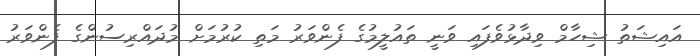
އައިޝަތު ޝިހާމް ވިދާޅުވެފައި ވަނީ ތައުލީމުގެ ފެންވަރު މަތި ކުރުމަށް މުދައްރިސުންގެ ފެންވަރު